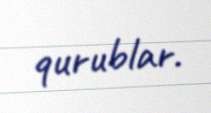
qurublar.